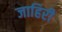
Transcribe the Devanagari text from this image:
जाहिरी